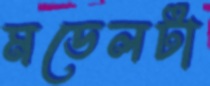
মডেলটা